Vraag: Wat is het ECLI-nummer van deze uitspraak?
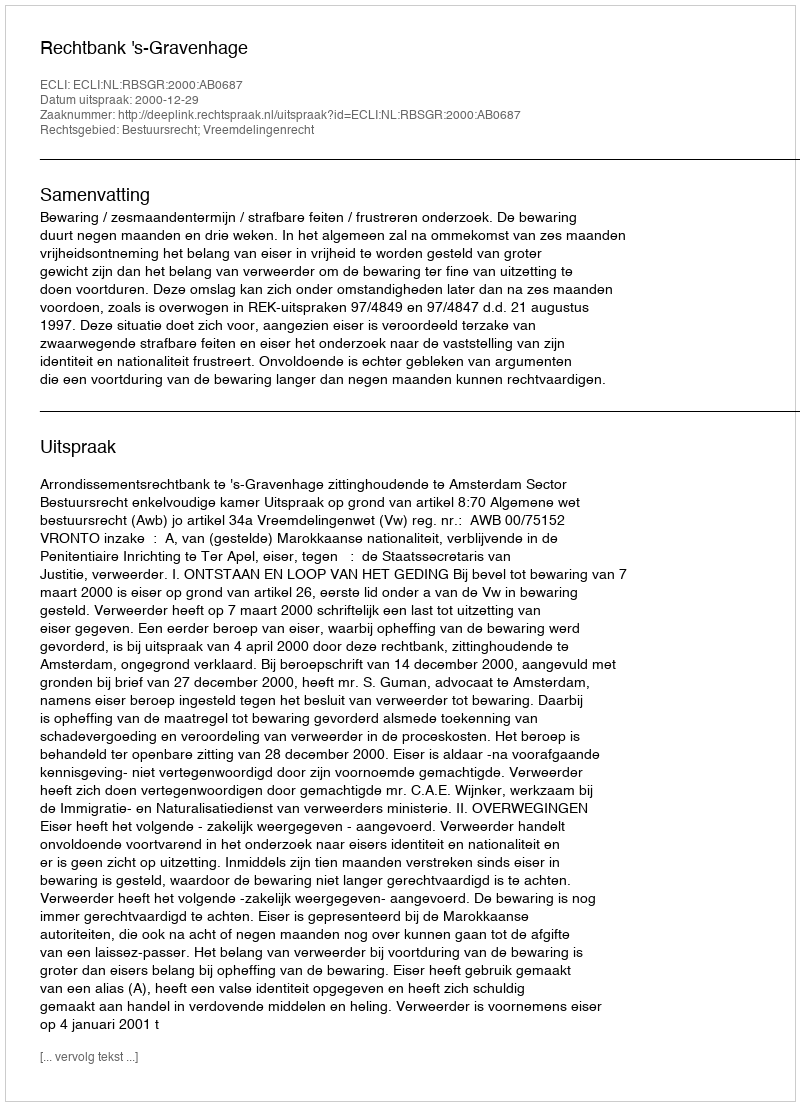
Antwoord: ECLI:NL:RBSGR:2000:AB0687